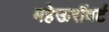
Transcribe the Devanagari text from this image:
महेऊरॉबर्ट